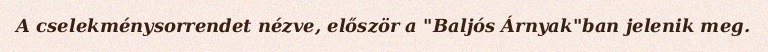
A cselekménysorrendet nézve, először a "Baljós Árnyak"ban jelenik meg.